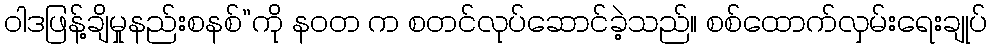
ဝါဒဖြန့်ချိမှုနည်းစနစ်”ကို နဝတ က စတင်လုပ်ဆောင်ခဲ့သည်။ စစ်ထောက်လှမ်းရေးချုပ်